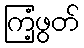
ကြံ့ဖွတ်